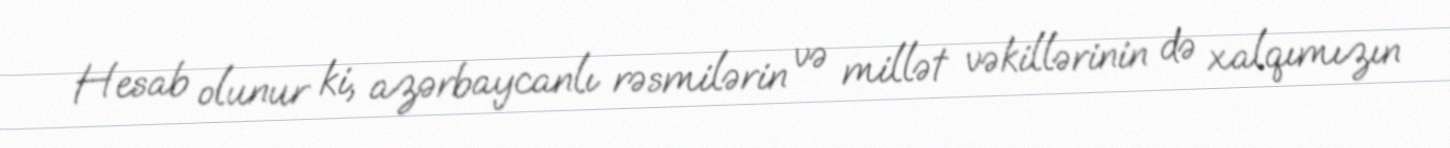
Hesab olunur ki, azərbaycanlı rəsmilərin və millət vəkillərinin də xalqımızın